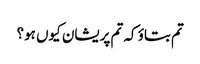
تم بتاؤ کہ تم پریشان کیوں ہو؟